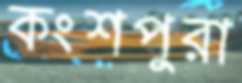
কংশপুরা